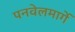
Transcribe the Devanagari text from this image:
पनवेलमार्गे